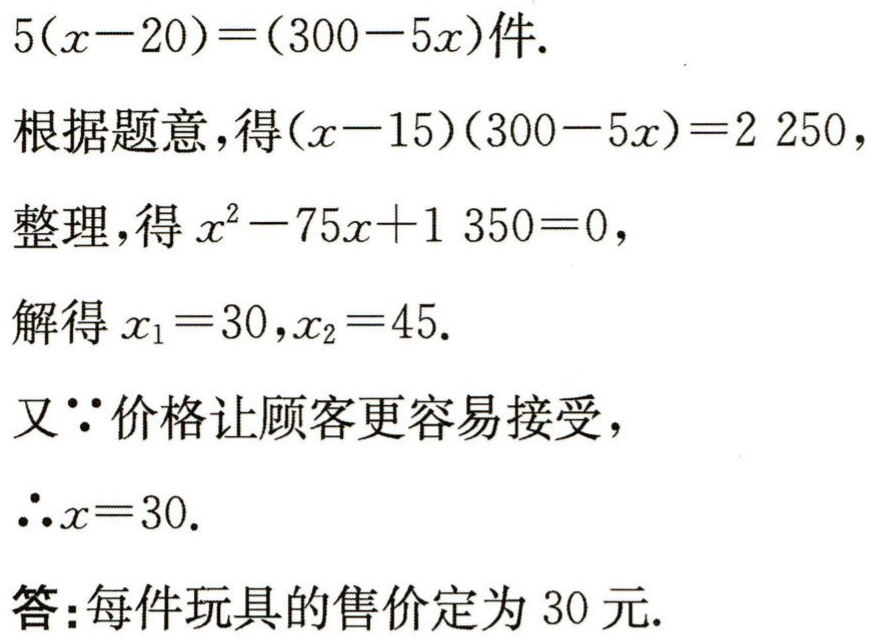
5(x - 20)=(300 - 5x)件.

根据题意，得(x - 15)(300 - 5x)=2 250，

整理，得 \(x^{2}-75x + 1 350 = 0\)，

解得 \(x_{1}=30\)，\(x_{2}=45\).

又\(\because\)价格让顾客更容易接受，

\(\therefore x = 30\).

答：每件玩具的售价定为 30 元.